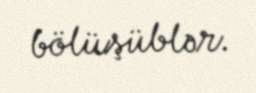
bölüşüblər.